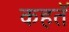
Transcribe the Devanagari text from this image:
कहतॅ